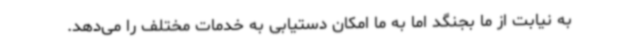
به نیابت از ما بجنگد اما به ما امکان دستیابی به خدمات مختلف را می‌دهد.